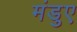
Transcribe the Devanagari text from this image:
मंडुए